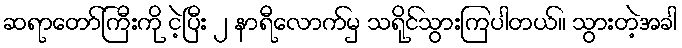
ဆရာတော်ကြီးကို ငဲ့ပြီး ၂ နာရီလောက်မှ သရိုင်သွားကြပါတယ်။ သွားတဲ့အခါ